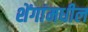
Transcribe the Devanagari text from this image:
शेंगांमधील